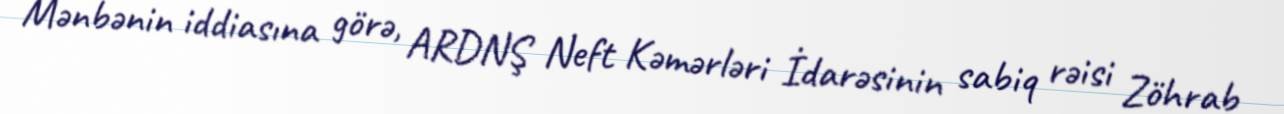
Mənbənin iddiasına görə, ARDNŞ Neft Kəmərləri İdarəsinin sabiq rəisi Zöhrab